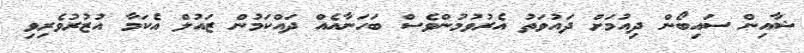
ޝާއިން ސައިބޯން ދިއުމަށް ދައުވަތު އެރުވުމުންވެސް ބަހަނާއެއް ދައްކަމުން ޒައުލް އެކަމާ އުޒުރުވެރިވި